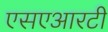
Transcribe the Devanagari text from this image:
एसएआरटी